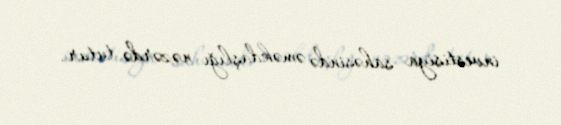
investisiya sahəsində əməkdaşlığı nəzərdə tutur.